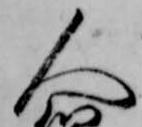
人